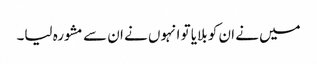
میں نے ان کو بلایا تو انہوں نے ان سے مشورہ لیا۔